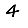
Digit: 4